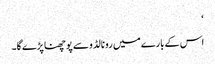
‘
اس کے بارے میں رونالڈو سے پوچھنا پڑے گا۔